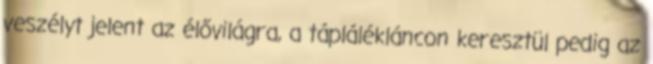
veszélyt jelent az élővilágra, a táplálékláncon keresztül pedig az